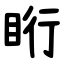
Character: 䀪